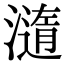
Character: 㵦